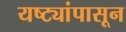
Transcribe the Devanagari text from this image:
यष्ट्यांपासून